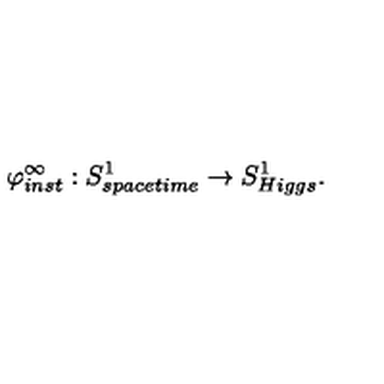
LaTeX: \varphi _ { i n s t } ^ { \infty } : S _ { s p a c e t i m e } ^ { 1 } \rightarrow S _ { H i g g s } ^ { 1 } .